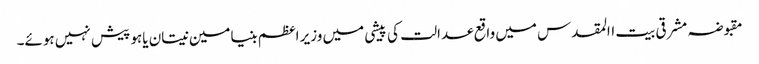
مقبوضہ مشرقی بیت االمقدس میں واقع عدالت کی پیشی میں وزیر اعظم بنیامین نیتان یاہو پیش نہیں ہوئے۔